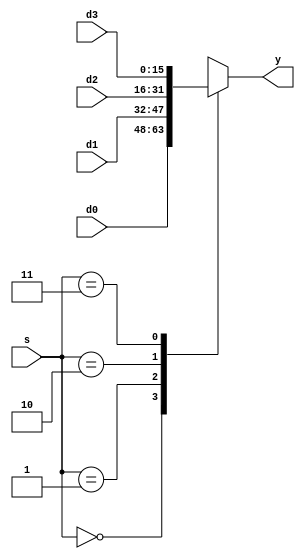
`timescale 1ns / 1ps
//////////////////////////////////////////////////////////////////////////////////
// Company: 
// Engineer: 
// 
// Design Name: 
// Module Name:    mux4 
// Project Name: 
// Target Devices: 
// Tool versions: 
// Description: 
//
// Dependencies: 
//
// Revision: 
// Revision 0.01 - File Created
// Additional Comments: 
//
//////////////////////////////////////////////////////////////////////////////////
module mux4 #(parameter WIDTH = 16)
             (input      [WIDTH-1:0] d0, d1, d2, d3,
              input      [1:0]       s, 
              output reg [WIDTH-1:0] y);

   always @(*)
      case(s)
         2'b00: y <= d0;
         2'b01: y <= d1;
         2'b10: y <= d2;
         2'b11: y <= d3;
      endcase
endmodule